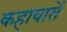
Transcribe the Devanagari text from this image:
कहावातें